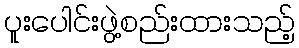
ပူးပေါင်းဖွဲ့စည်းထားသည့်